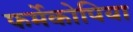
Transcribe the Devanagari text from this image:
फर्मेकोपिया